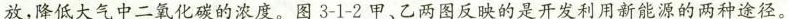
放，降低大气中二氧化碳的浓度。图3-1-2甲、乙两图反映的是开发利用新能源的两种途径。